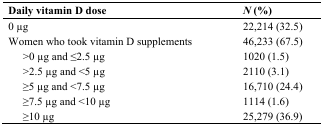
<table><thead><tr><td colspan="2"><b>Daily vitamin D dose</b></td><td><b>N (%)</b></td></tr></thead><tbody><tr><td colspan="2">0 μg</td><td>22,214 (32.5)</td></tr><tr><td colspan="2">Women who took vitamin D supplements</td><td>46,233 (67.5)</td></tr><tr><td></td><td>&gt;0 μg and ≤2.5 μg</td><td>1020 (1.5)</td></tr><tr><td></td><td>&gt;2.5 μg and &lt;5 μg</td><td>2110 (3.1)</td></tr><tr><td></td><td>≥5 μg and &lt;7.5 μg</td><td>16,710 (24.4)</td></tr><tr><td></td><td>≥7.5 μg and &lt;10 μg</td><td>1114 (1.6)</td></tr><tr><td></td><td>≥10 μg</td><td>25,279 (36.9)</td></tr></tbody></table>